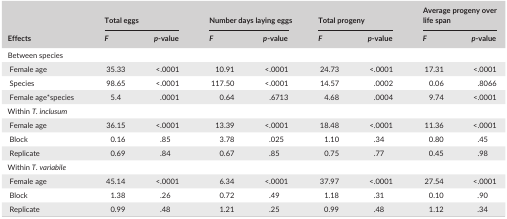
| <ROWSPAN=2> Effects | <COLSPAN=2> Total eggs | <COLSPAN=2> Number days laying eggs | <COLSPAN=2> Total progeny | <COLSPAN=2> Average progeny over life span |
 | F | p‐value | F | p‐value | F | p‐value | F | p‐value |
 | --- | --- | --- | --- | --- | --- | --- | --- | --- |
 | <COLSPAN=9> Between species |
 | Female age | 35.33 | <.0001 | 10.91 | <.0001 | 24.73 | <.0001 | 17.31 | <.0001 |
 | Species | 98.65 | <.0001 | 117.50 | <.0001 | 14.57 | .0002 | 0.06 | .8066 |
 | Female age*species | 5.4 | .0001 | 0.64 | .6713 | 4.68 | .0004 | 9.74 | <.0001 |
 | <COLSPAN=9> Within T. inclusum |
 | Female age | 36.15 | <.0001 | 13.39 | <.0001 | 18.48 | <.0001 | 11.36 | <.0001 |
 | Block | 0.16 | .85 | 3.78 | .025 | 1.10 | .34 | 0.80 | .45 |
 | Replicate | 0.69 | .84 | 0.67 | .85 | 0.75 | .77 | 0.45 | .98 |
 | <COLSPAN=9> Within T. variabile |
 | Female age | 45.14 | <.0001 | 6.34 | <.0001 | 37.97 | <.0001 | 27.54 | <.0001 |
 | Block | 1.38 | .26 | 0.72 | .49 | 1.18 | .31 | 0.10 | .90 |
 | Replicate | 0.99 | .48 | 1.21 | .25 | 0.99 | .48 | 1.12 | .34 |